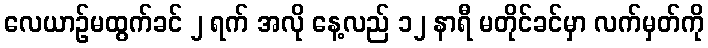
လေယာဉ်မထွက်ခင် ၂ ရက် အလို နေ့လည် ၁၂ နာရီ မတိုင်ခင်မှာ လက်မှတ်ကို